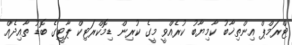
ޓްރަމްޕް އިންތިޚާބު ކާމިޔާބު ކުރެއްވީ މީގެ ކުރިން ޑިމޮކްރަޓިކް ޕާޓީގެ ބޮޑު ތާއިދެއް